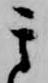
其